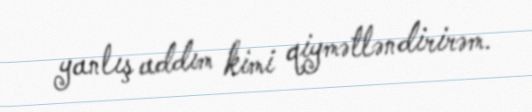
yanlış addım kimi qiymətləndirirəm.